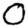
Digit: 0